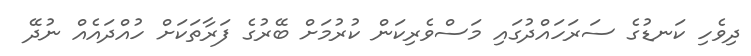
ދިވެހި ކަނޑުގެ ސަރަހައްދުގައި މަސްވެރިކަން ކުރުމަށް ބޭރުގެ ފަރާތަކަށް ހުއްދައެއް ނުދޭ